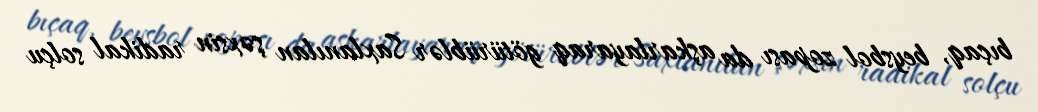
bıçaq, beysbol zopası da aşkarlayaraq götürüblər Saxlanılan şəxsin radikal solçu